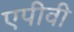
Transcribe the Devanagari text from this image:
एपीवी